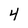
Character: 4